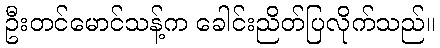
ဦးတင်မောင်သန့်က ခေါင်းညိတ်ပြလိုက်သည်။